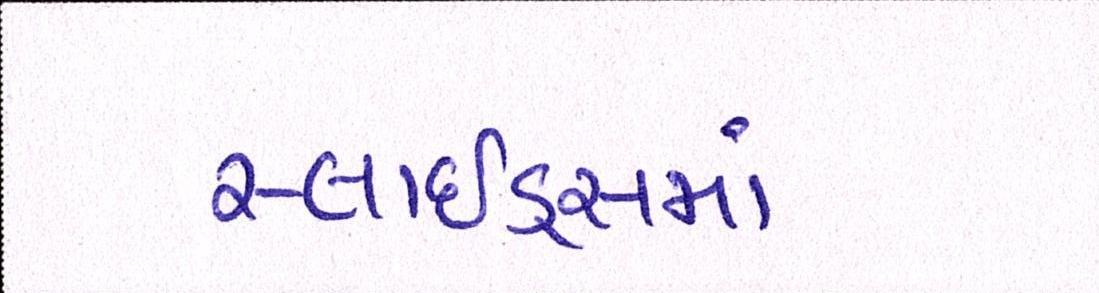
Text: સ્લાઇડ્સમાં